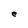
Character: e